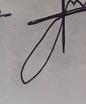
Signature authenticity: forged